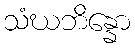
သံဃဘိန္နော